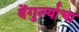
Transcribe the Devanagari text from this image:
वेंगुर्ल्याचा